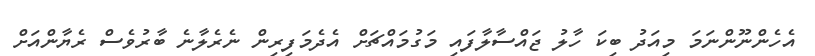
އެހެންނޫންނަމަ މިއަދު ބިކަ ހާލު ޖައްސާލާފައި މަގުމައްޗަށް އެދެމަފިރިން ނެރެލާނެ ބާރުވެސް ރެޔާންއަށް